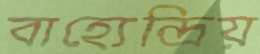
বাহ্যেন্দ্রিয়